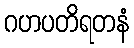
ဂဟပတိရတနံ